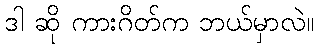
ဒါ ဆို ကားဂိတ်က ဘယ်မှာလဲ။